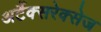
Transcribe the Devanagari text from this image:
अर्टैक्सरेक्सेज